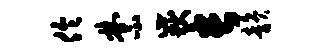
伶禁岳长韵